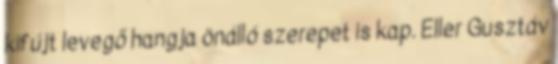
kifújt levegő hangja önálló szerepet is kap. Eller Gusztáv